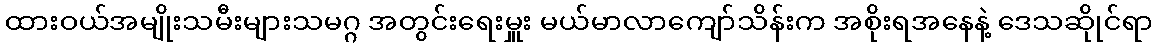
ထားဝယ်အမျိုးသမီးများသမဂ္ဂ အတွင်းရေးမှူး မယ်မာလာကျော်သိန်းက အစိုးရအနေနဲ့ ဒေသဆိုုင်ရာ